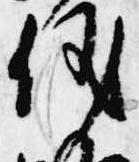
儀